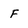
Character: F